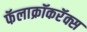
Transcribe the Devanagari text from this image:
फॅलाक्रॉकरॅक्स